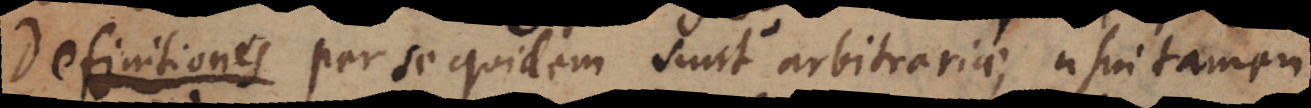
Definitiones per se quidem sunt arbitrariae, usui tamen